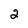
Character: 2